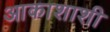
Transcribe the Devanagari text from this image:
आकाशाशी